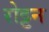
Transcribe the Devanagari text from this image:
रोट्टन